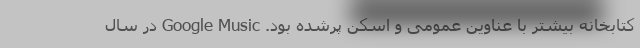
کتابخانه بیشتر با عناوین عمومی و اسکن پرشده بود. Google Music در سال